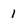
Character: 1